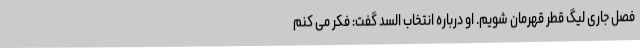
فصل جاری لیگ قطر قهرمان شویم. او درباره انتخاب السد گفت: فکر می کنم